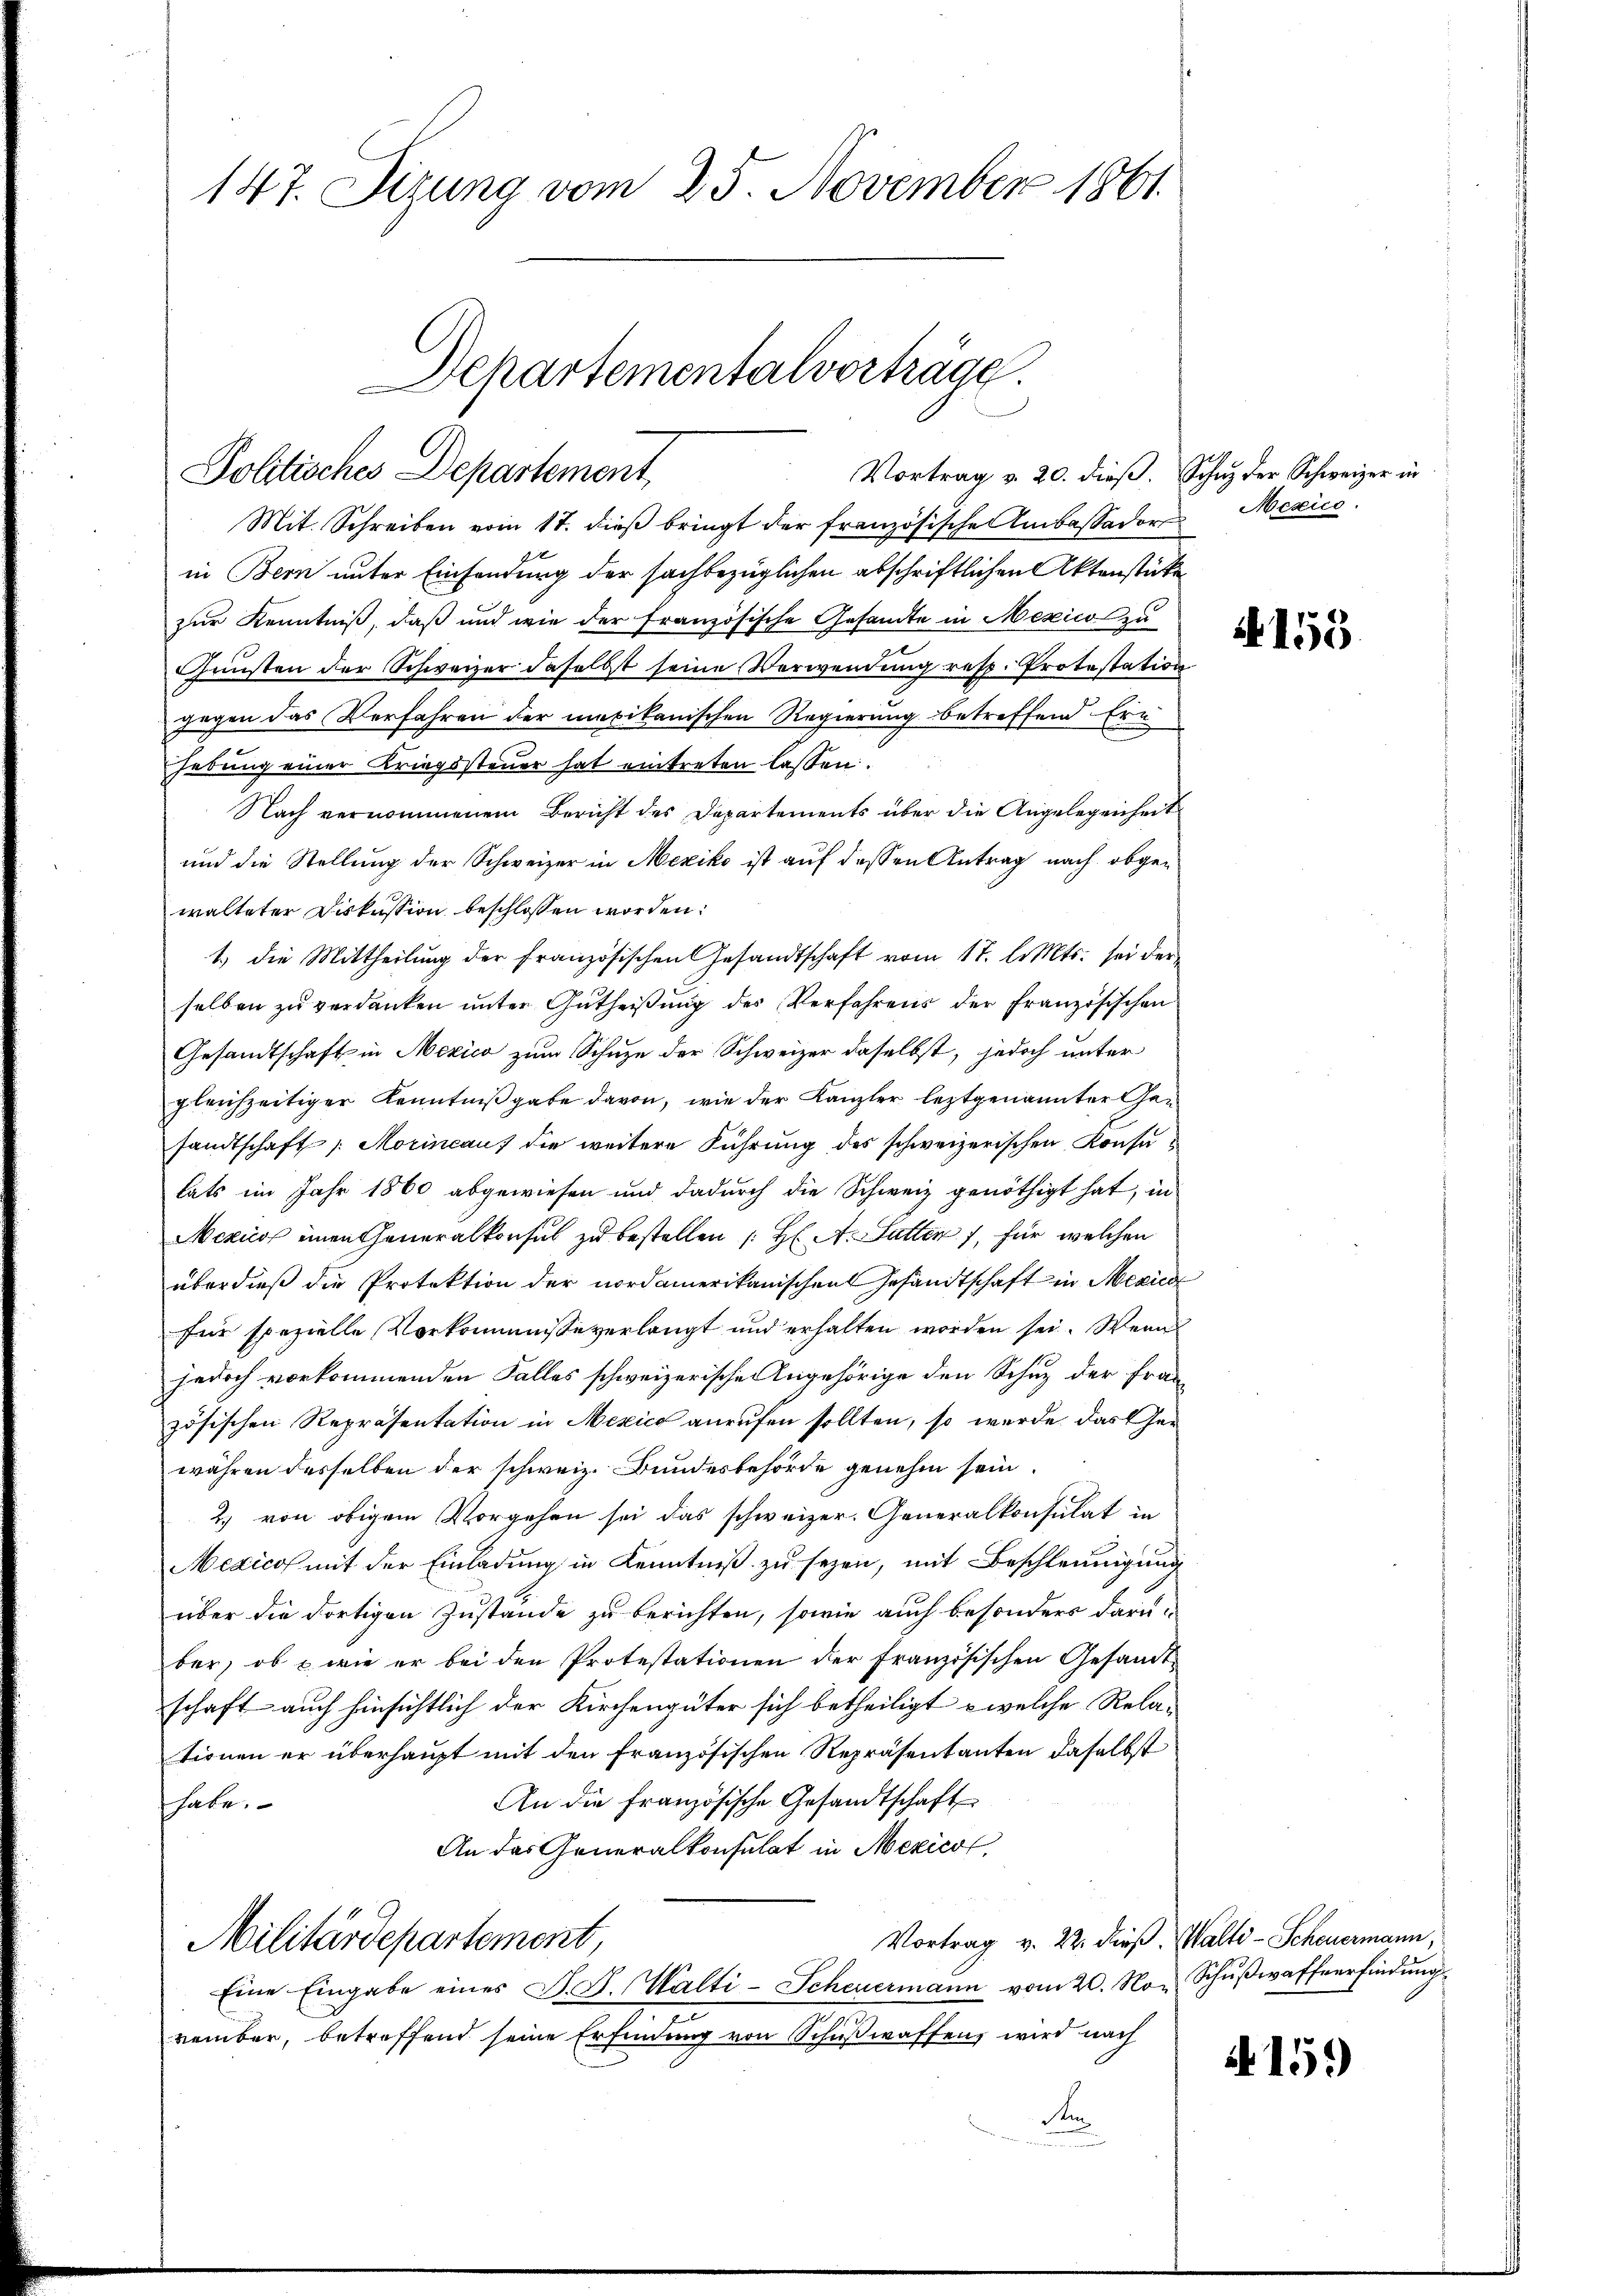
Politisches Departement,

147. Sizung vom 25. November 1861.
Departementalvorträge

Mit. Schreiben vom 17. dieβ bringt der französische Ambassador Mexico.
in Bern unter Einsendung der sachbezüglichen abschriftlichen Aktenstücke
zur Kenntniß, daß und wie der französische Gesandte in Mexico zu
Günsten der Schweizer daselbst seine Verwendung resp. Protestation
gegen das Verfahren der mexikanischen Regierung betreffend Ern
hebung einer Kriegssteuer hat eintreten lassen.
Nach vernommenem Bericht des Departements über die Angelegenheit
und die Stellung der Schweizer in Mexiko ist auf dessen Antrag nach obgewalteter Diskussion beschlossen worden:
1.) die Mittheilŭng der französischen Gesandtschaft vom 17. l. Mts. sei der
selben zŭ verdanken ŭnter Gŭtheiβŭng des Verfahrens der französischen
Gesandtschaft in Mexico zum Schuze der Schweizer daselbst, jedoch unter
gleichzeitiger Kenntnißgabe davon, wie der Kanzler leztgenannter Gesandtschaft (Morincau; die weitere Führung des schweizerischen Konsulats im Jahr 1860 abgewiesen und dadurch die Schweiz genöthigt hat, in
Mexus einen Generalkonsul zu bestellen (H. A. Satten, für welchen
überdieß die Protektion der nordamerikanischen Gesandtschaft in Mexica
für spezielle Vorkommisse verlangt und erhalten worden sei. Wenn
jedoch vorkommenden Falles schweizerische Angehörige den Schuz der Frazösischen Repräsentation in Mexico anrufen sollten, so wurde das Gewähren desselben der schweiz. Bundesbehörde genehm sein.
2. von obigem Vorgehen sei das schweizer. Generalkonsulat in
Mexicos mit der Einladung in Kenntniß zu seyen, mit Beschleunigung
über die dortigen Zustände zu berichten, sowie auch besonders daru
ber, ob & wie er bei den Protestationen der Französischen Gesandt-
schaft auch hinsichtlich der Kirchengüter sich betheiligt - welche Relationen er überhaupt mit den französischen Repräsentanten daselbst
An die französische Gesandtschaft
habe.
An das Generalkonsulat in Mexicol
Vortrag v. 22. dieß. Walte-Scheuermann,
Militärdepartement,
Eine Eingabe eines V. D. Walti-Scheuermann vom 20. No. Schußwaffverfindung
vember, betreffend seine Erfindung von Schußwaffen wird nach
Am

Vortrag v. 20. dieβ. Schuz der Schweizer in

4153

159)